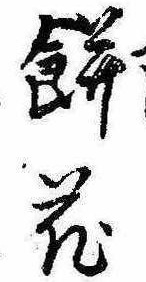
餅花